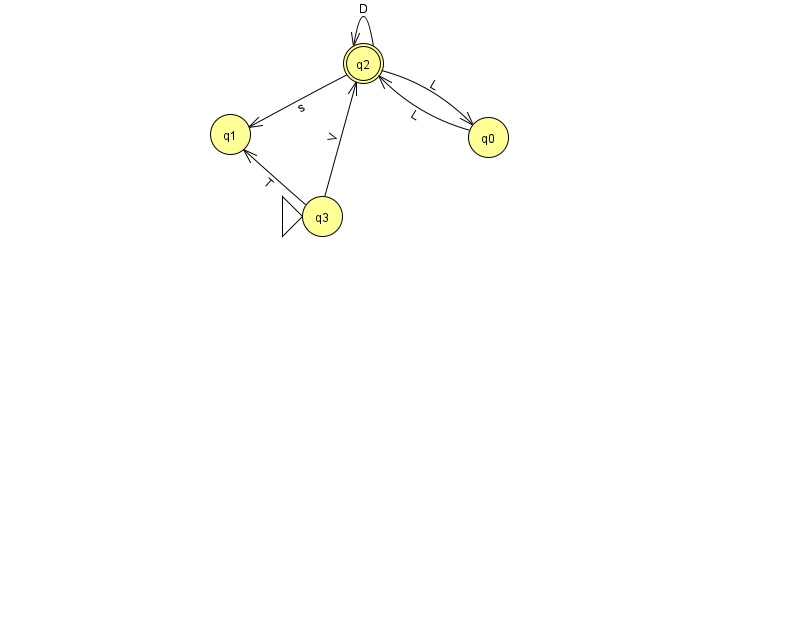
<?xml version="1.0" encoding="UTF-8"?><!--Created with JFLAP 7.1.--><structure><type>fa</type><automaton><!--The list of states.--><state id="0" name="q0"><x>488.0</x><y>124.0</y></state><state id="1" name="q1"><x>230.0</x><y>121.0</y></state><state id="2" name="q2"><x>363.0</x><y>50.0</y><final/></state><state id="3" name="q3"><x>322.0</x><y>203.0</y><initial/></state><!--The list of transitions.--><transition><from>3</from><to>2</to><read>V</read></transition><transition><from>2</from><to>2</to><read>D</read></transition><transition><from>3</from><to>1</to><read>T</read></transition><transition><from>2</from><to>1</to><read>s</read></transition><transition><from>0</from><to>2</to><read>L</read></transition><transition><from>2</from><to>0</to><read>L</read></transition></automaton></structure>